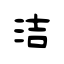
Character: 洁